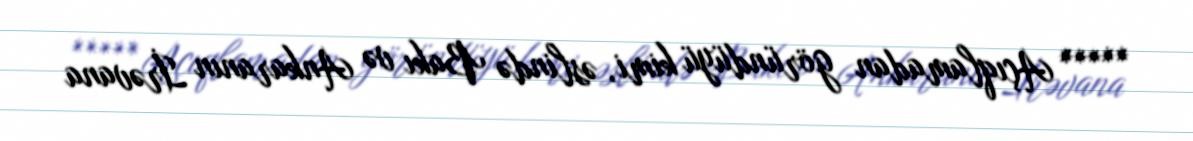
***** Açıqlamadan göründüyü kimi, əslində Bakı və Ankaranın İrəvana